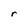
Character: r